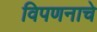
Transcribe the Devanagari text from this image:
विपणनाचे